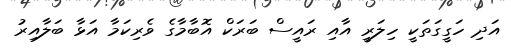
އަދި ހަގީގަތަކީ ހިލަރީ އާއި ރައީސް ބަރަކް އޮބާމާގެ ވެރިކަމާ އަޅާ ބަލާއިރު